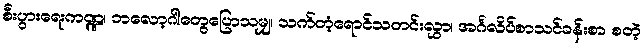
စီးပွားရေးကဏ္ဍ၊ ဘလော့ဂါတွေပြောသမျှ၊ သက်တံ့ရောင်သတင်းလွှာ၊ အင်္ဂလိပ်စာသင်ခန်းစာ စတဲ့